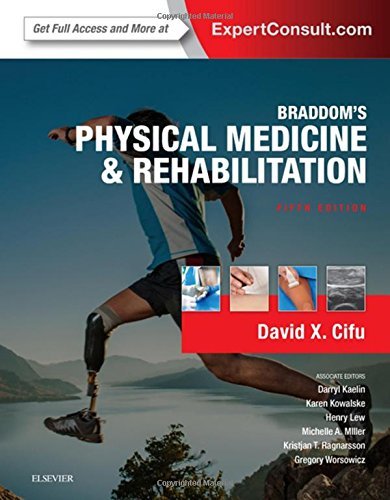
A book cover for Braddom's Physical Medicine and Rehabilitation, 5e; David X. Cifu MD; Medical Books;